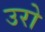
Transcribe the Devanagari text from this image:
उरो